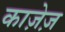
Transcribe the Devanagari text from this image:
काजे़ज़